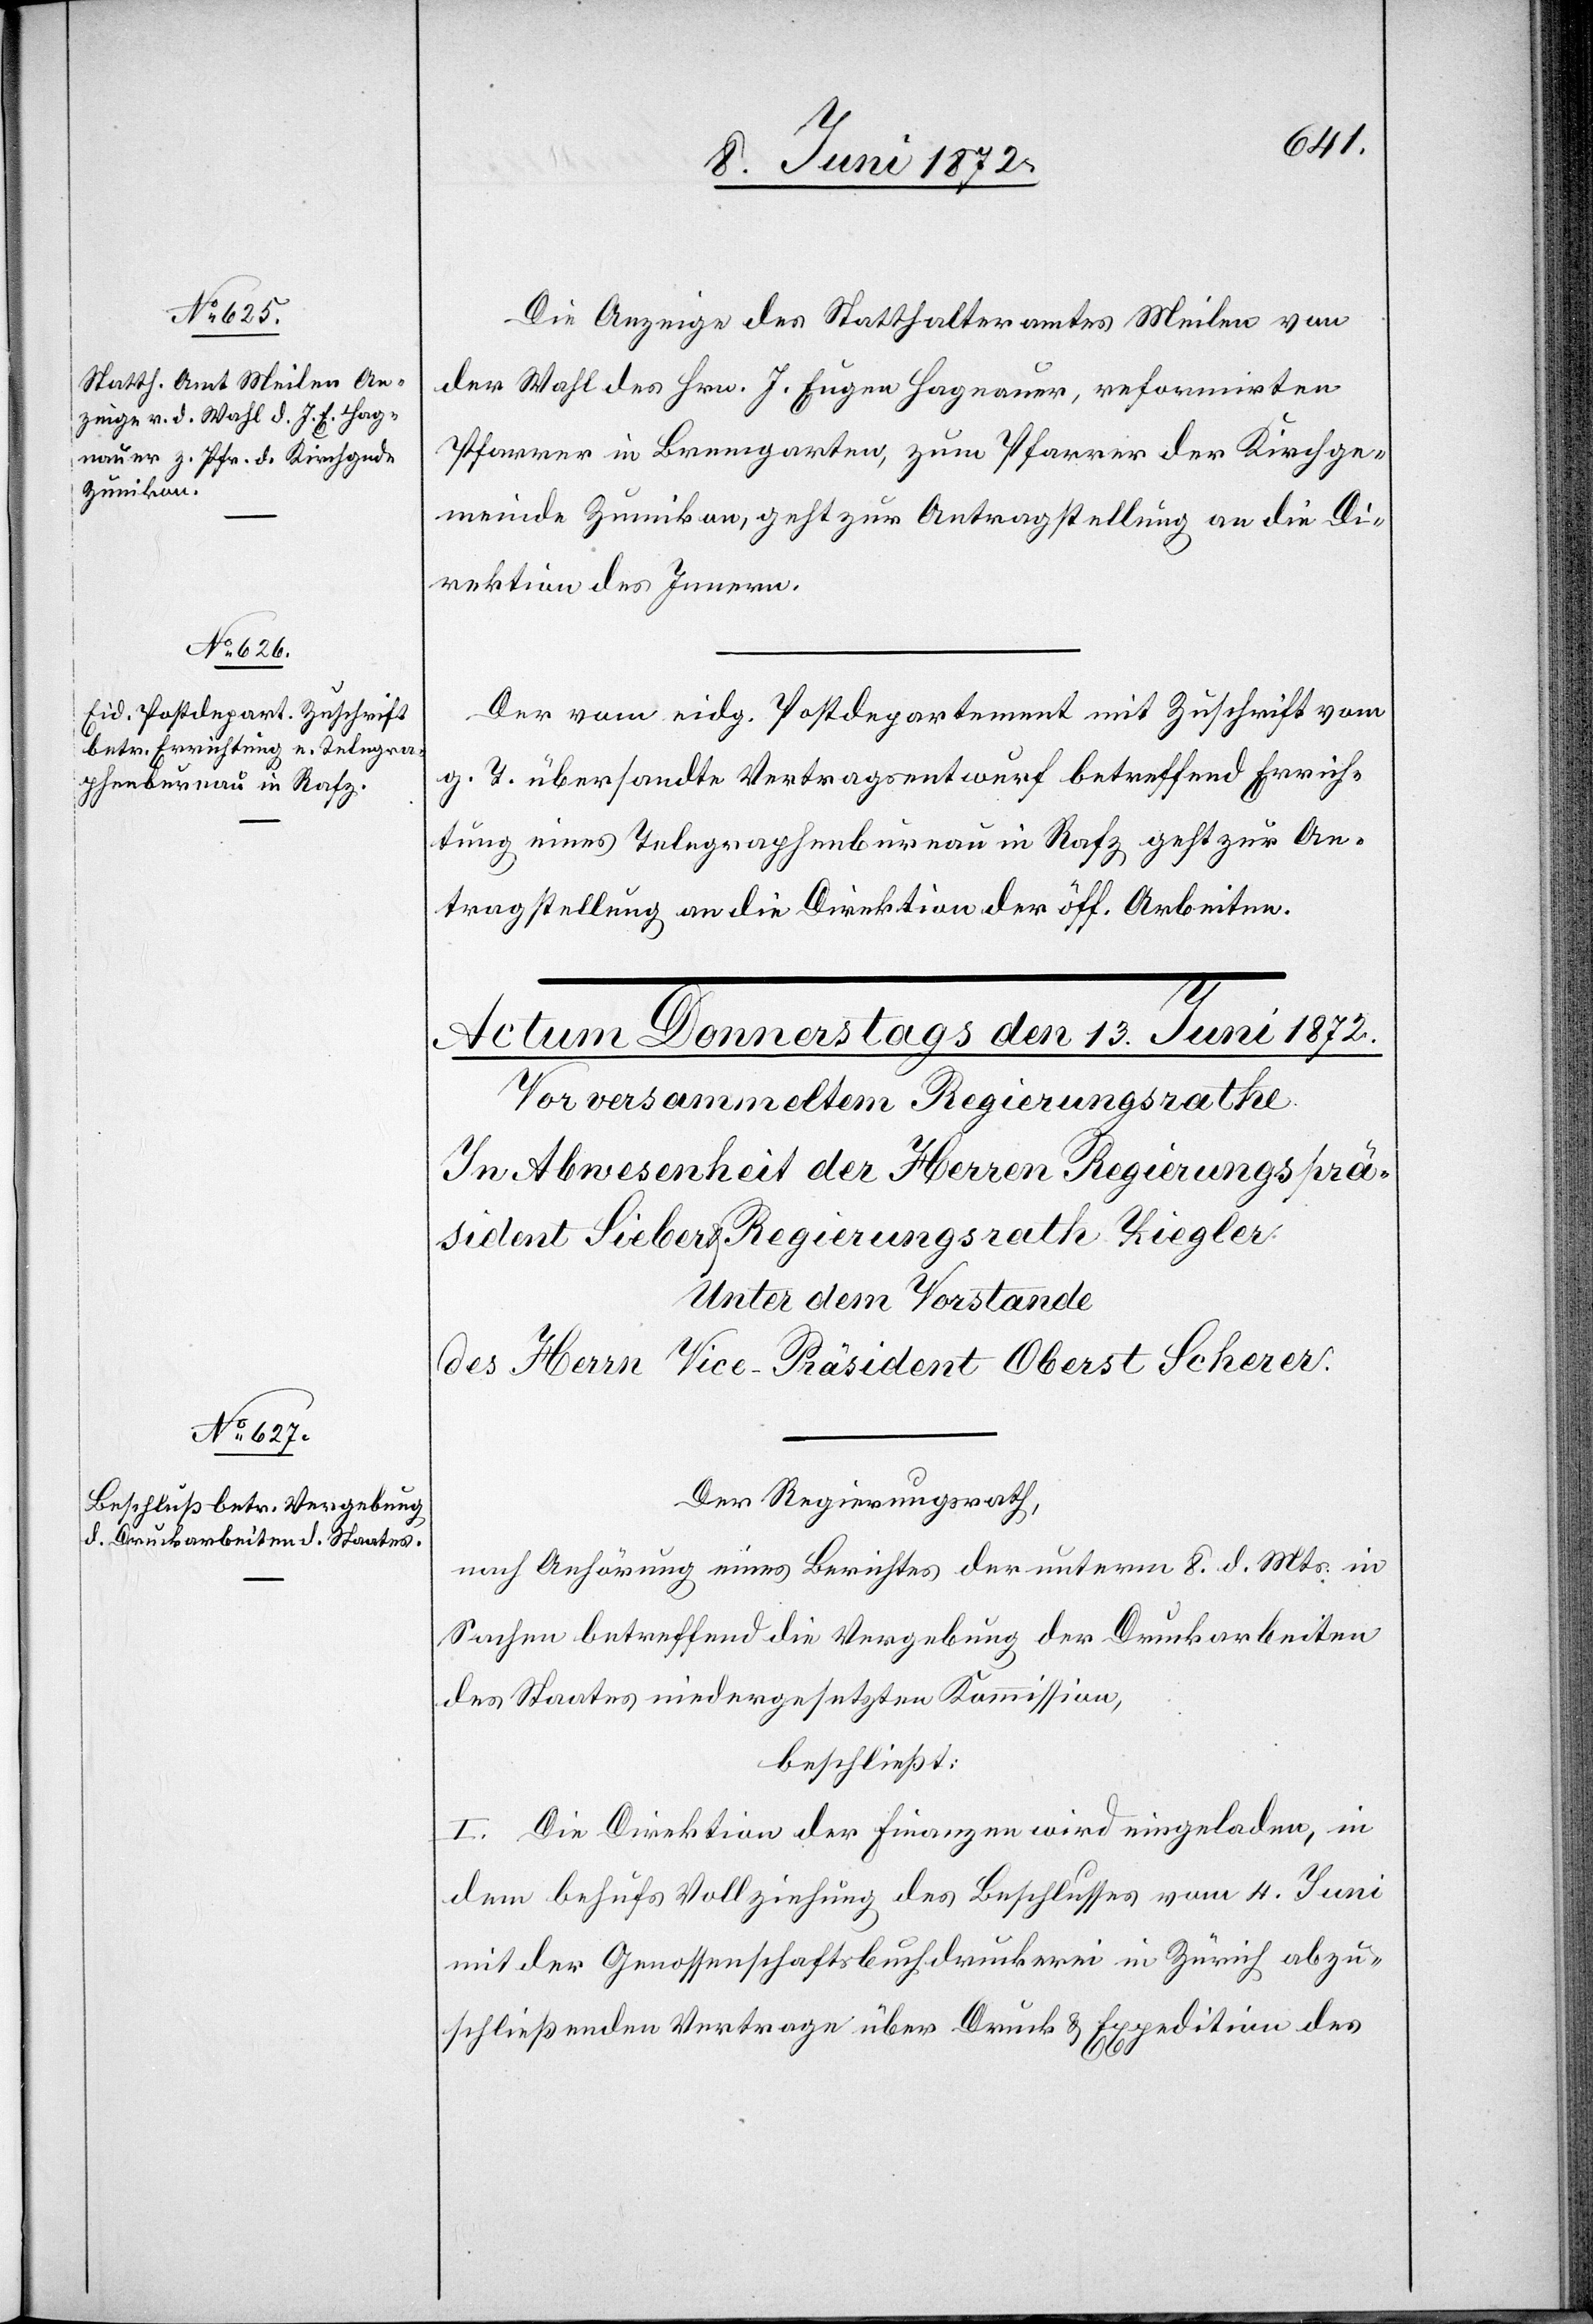
12. Juni 1872.]
Die Anzeige des Statthalteramtes Meilen von
der Wahl des Hrn. J. Eugen Hagnauer, reformirten
Pfarrer in Bremgarten, zum Pfarrer der Kirchge¬
meinde Zumikon, geht zur Antragstellung an die Di¬
rektion des Innern.
Der vom eidg. Postdepartement mit Zuschrift vom
g. T. übersandte Vertragsentwurf betreffend Errich¬
tung eines Telegraphenbureau in Rafz geht zur An¬
tragstellung an die Direktion der öff. Arbeiten.
Der Regierungsrath,
nach Anhörung eines Berichtes der unterm 8. d. Mts. in
Sachen betreffend die Vergebung der Druckarbeiten
des Staates niedergesetzten Kommission,
beschließt:
I. Die Direktion der Finanzen wird eingeladen, in
dem behufs Vollziehung des Beschlusses vom 4. Juni
mit der Genossenschaftsbuchdruckerei in Zürich abzu¬
schließenden Vertrage über Druck u. Expedition des